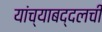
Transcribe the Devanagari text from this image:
यांच्याबद्दलची